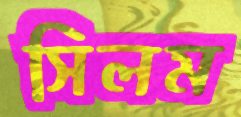
সিলম